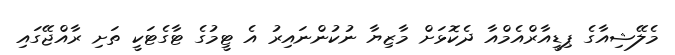
މެލޭޝިއާގެ ޕިޑީއާރްއެމްއާ ދެކޮޅަށް މާޒިޔާ ނުކުންނައިރު އެ ޓީމުގެ ޓާގެޓަކީ ތަށި ރާއްޖޭގައި